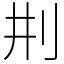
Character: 㓝